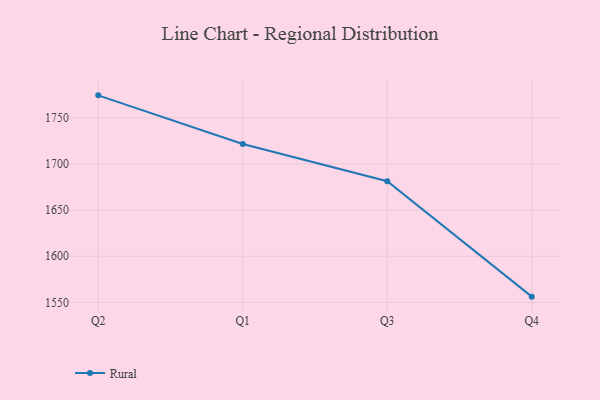
{"axis": {"x": "Quarter", "y": "Revenue (USD Million)"}, "legend": ["Rural"], "data": [{"x": "Q2", "y": 1774.4, "type": "Rural"}, {"x": "Q1", "y": 1721.7, "type": "Rural"}, {"x": "Q3", "y": 1681.3, "type": "Rural"}, {"x": "Q4", "y": 1556.2, "type": "Rural"}]}